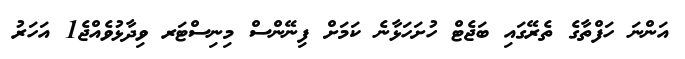
އަންނަ ހަފްތާގެ ތެރޭގައި ބަޖެޓް ހުށަހަޅާނެ ކަމަށް ފިނޭންސް މިނިސްޓަރ ވިދާޅުވެއްޖެ1 އަހަރު